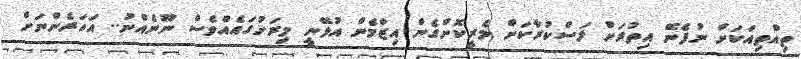
ތިއްތިއަކަށް ނުފެނޭ އިތުރަށް ލަސްކުރާކަށް މެރީކޮށްގެން އިޒްމެން އުޅޭނީ މިރަށުގައެއްވެސް ނޫނެއްނު.. އަހަރެންނަށް